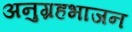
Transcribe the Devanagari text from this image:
अनुग्रहभाजन